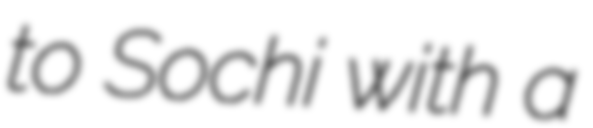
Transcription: to Sochi with a